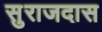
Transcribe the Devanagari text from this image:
सुराजदास